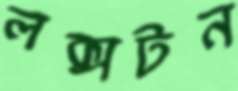
লক্সটন